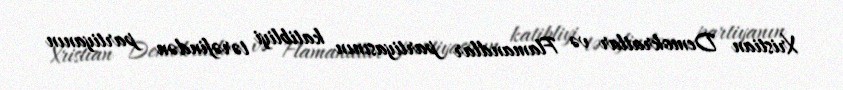
Xristian Demokratlar və Flamandlar partiyasının katibliyi tərəfindən partiyanın